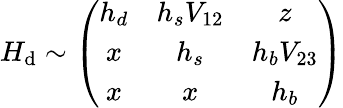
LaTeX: H_{\mathrm{d}}\sim\left(\begin{array}{ccc}{{h_{d}}}&{{h_{s}V_{12}}}&{{z}}\\ {{x}}&{{h_{s}}}&{{h_{b}V_{23}}}\\ {{x}}&{{x}}&{{h_{b}}}\end{array}\right)